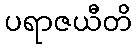
ပရာဇယီတိ